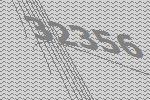
32356